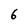
Character: 6